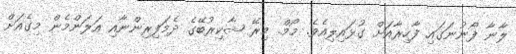
ލާނާ ފޯނުނަގައި ފާހިރާއަށް ގުޅައިލިއެވެ. މޯމް. މިރޭ ޝާކިރުބޭގެ ދެމަފިރިންނާއި އަލަންމެން މިގެއަށް